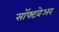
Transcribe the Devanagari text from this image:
साॅफ्टवेअर